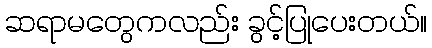
ဆရာမတွေကလည်း ခွင့်ပြုပေးတယ်။